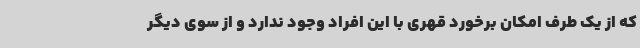
که از یک طرف امکان برخورد قهری با این افراد وجود ندارد و از سوی دیگر